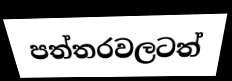
පත්තරවලටත්